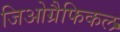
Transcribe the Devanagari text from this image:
जिओग्रैफिकल